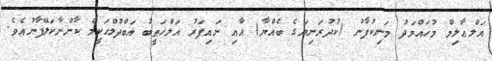
އަލްޢާލިމް މުހައްމަދު މަނިކުފާނު (ކުދުރަނިޔަގެ ބެއްޔާ) އާއި ނައިފަރު އަލްޚަޠީބު އަބްދުލްހަކީމް ކާންނާކަލޭފާނުއެވެ.